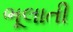
ભૂલાતી